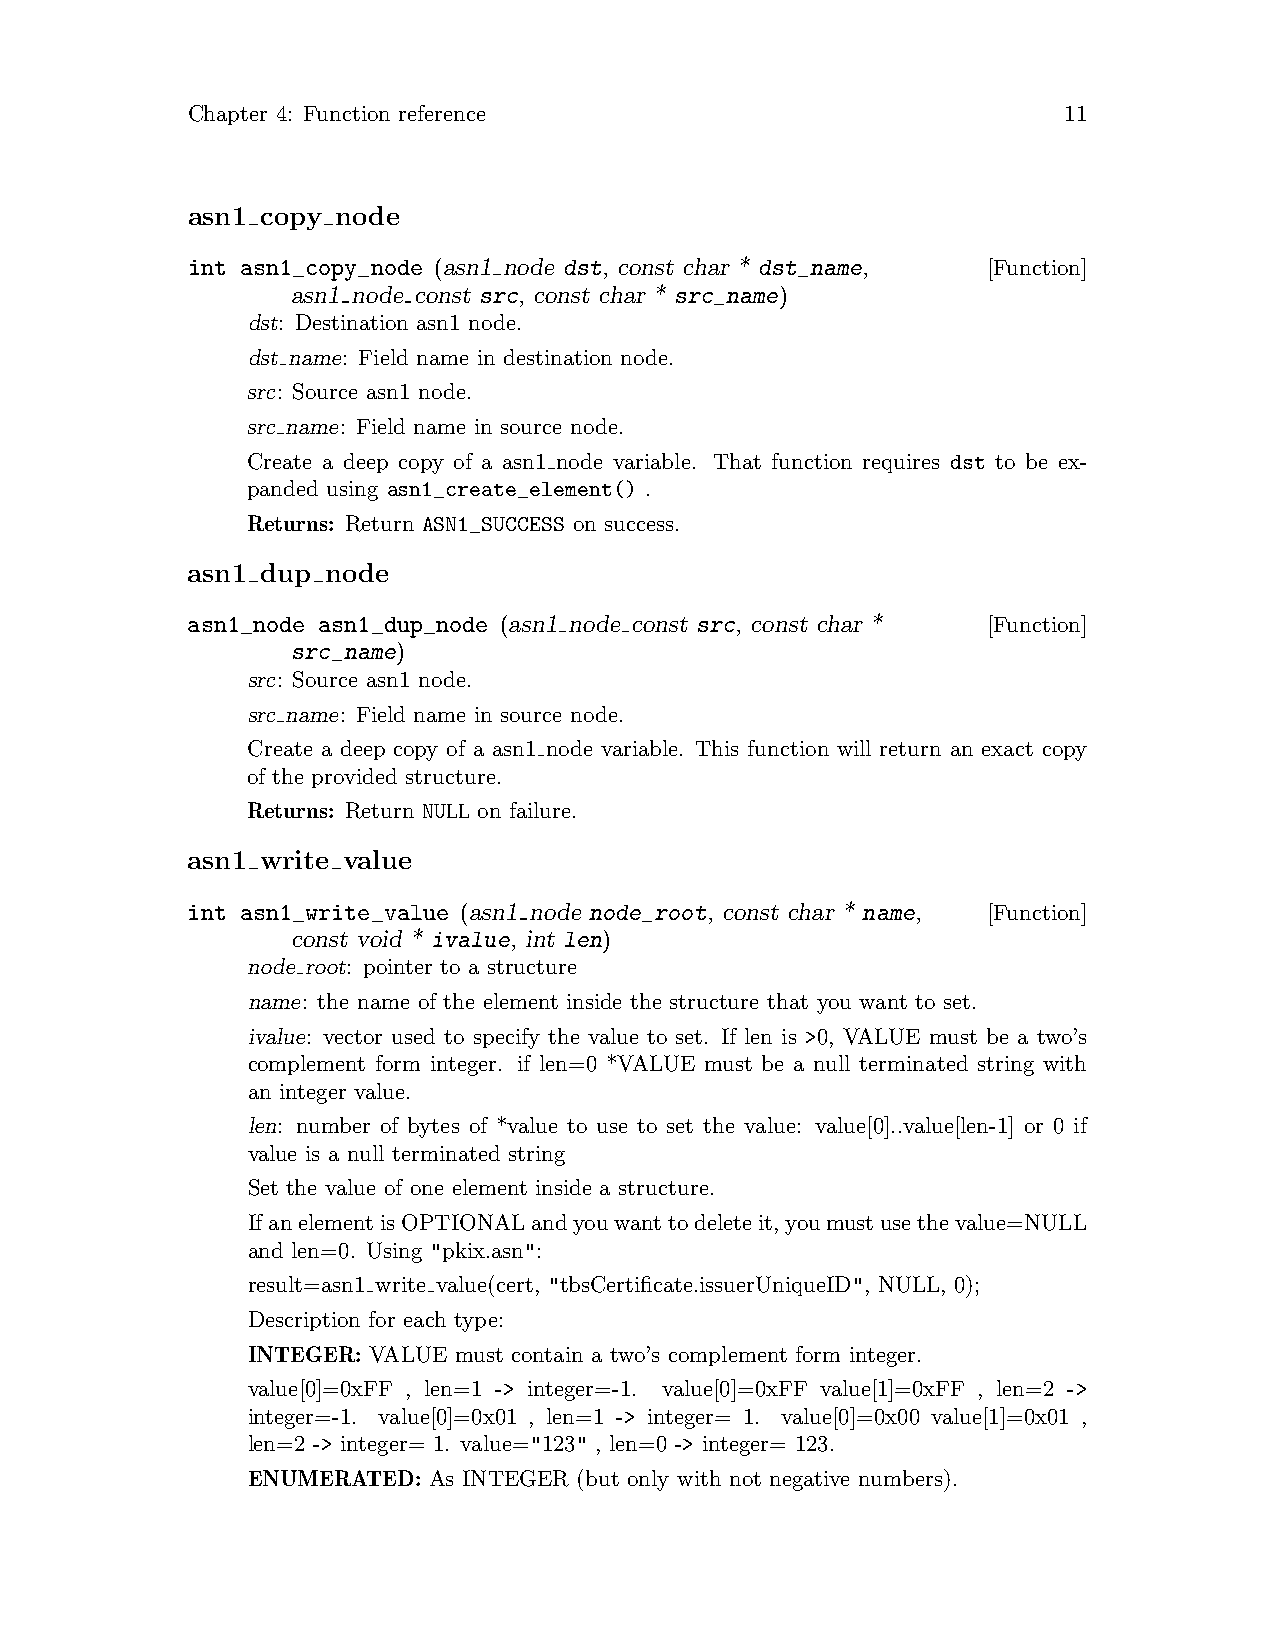
Chapter 4: Function reference                             11
 asn1 copy node
 int asn1_copy_node (asn1 node dst, const char * dst_name, [Function]
 asn1 node const src, const char * src_name)
 dst: Destination asn1 node.
 dst name: Field name in destination node.
 src: Source asn1 node.
 src name: Field name in source node.
 Create a deep copy of a asn1 node variable. That function requires dst to be ex-
 panded using asn1_create_element() .
 Returns: Return ASN1_SUCCESS on success.
 asn1 dup  node
 asn1_node asn1_dup_node (asn1 node const src, const char * [Function]
 src_name)
 src: Source asn1 node.
 src name: Field name in source node.
 Create a deep copy of a asn1 node variable. This function will return an exact copy
 of the provided structure.
 Returns: Return NULL on failure.
 asn1 write value
 int asn1_write_value (asn1 node node_root, const char * name, [Function]
 const void * ivalue, int len)
 node root: pointer to a structure
 name: the name of the element inside the structure that you want to set.
 ivalue: vector used to specify the value to set. If len is >0, VALUE must be a two’s
 complement form integer. if len=0 *VALUE must be a null terminated string with
 an integer value.
 len: number of bytes of *value to use to set the value: value[0]..value[len-1] or 0 if
 value is a null terminated string
 Set the value of one element inside a structure.
 IfanelementisOPTIONALandyouwanttodeleteit,youmustusethevalue=NULL
 and len=0. Using "pkix.asn":
 result=asn1 write value(cert, "tbsCertificate.issuerUniqueID", NULL, 0);
 Description for each type:
 INTEGER: VALUE must contain a two’s complement form integer.
 value[0]=0xFF , len=1 -> integer=-1. value[0]=0xFF value[1]=0xFF , len=2 ->
 integer=-1. value[0]=0x01 , len=1 -> integer= 1. value[0]=0x00 value[1]=0x01 ,
 len=2 -> integer= 1. value="123" , len=0 -> integer= 123.
 ENUMERATED: As INTEGER (but only with not negative numbers).